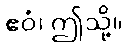
ဧဝံ၊ ဤသို့။